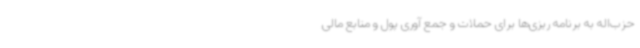
حزب‌اله به برنامه‌ ریزی‌ها برای حملات و جمع آوری پول و منابع مالی